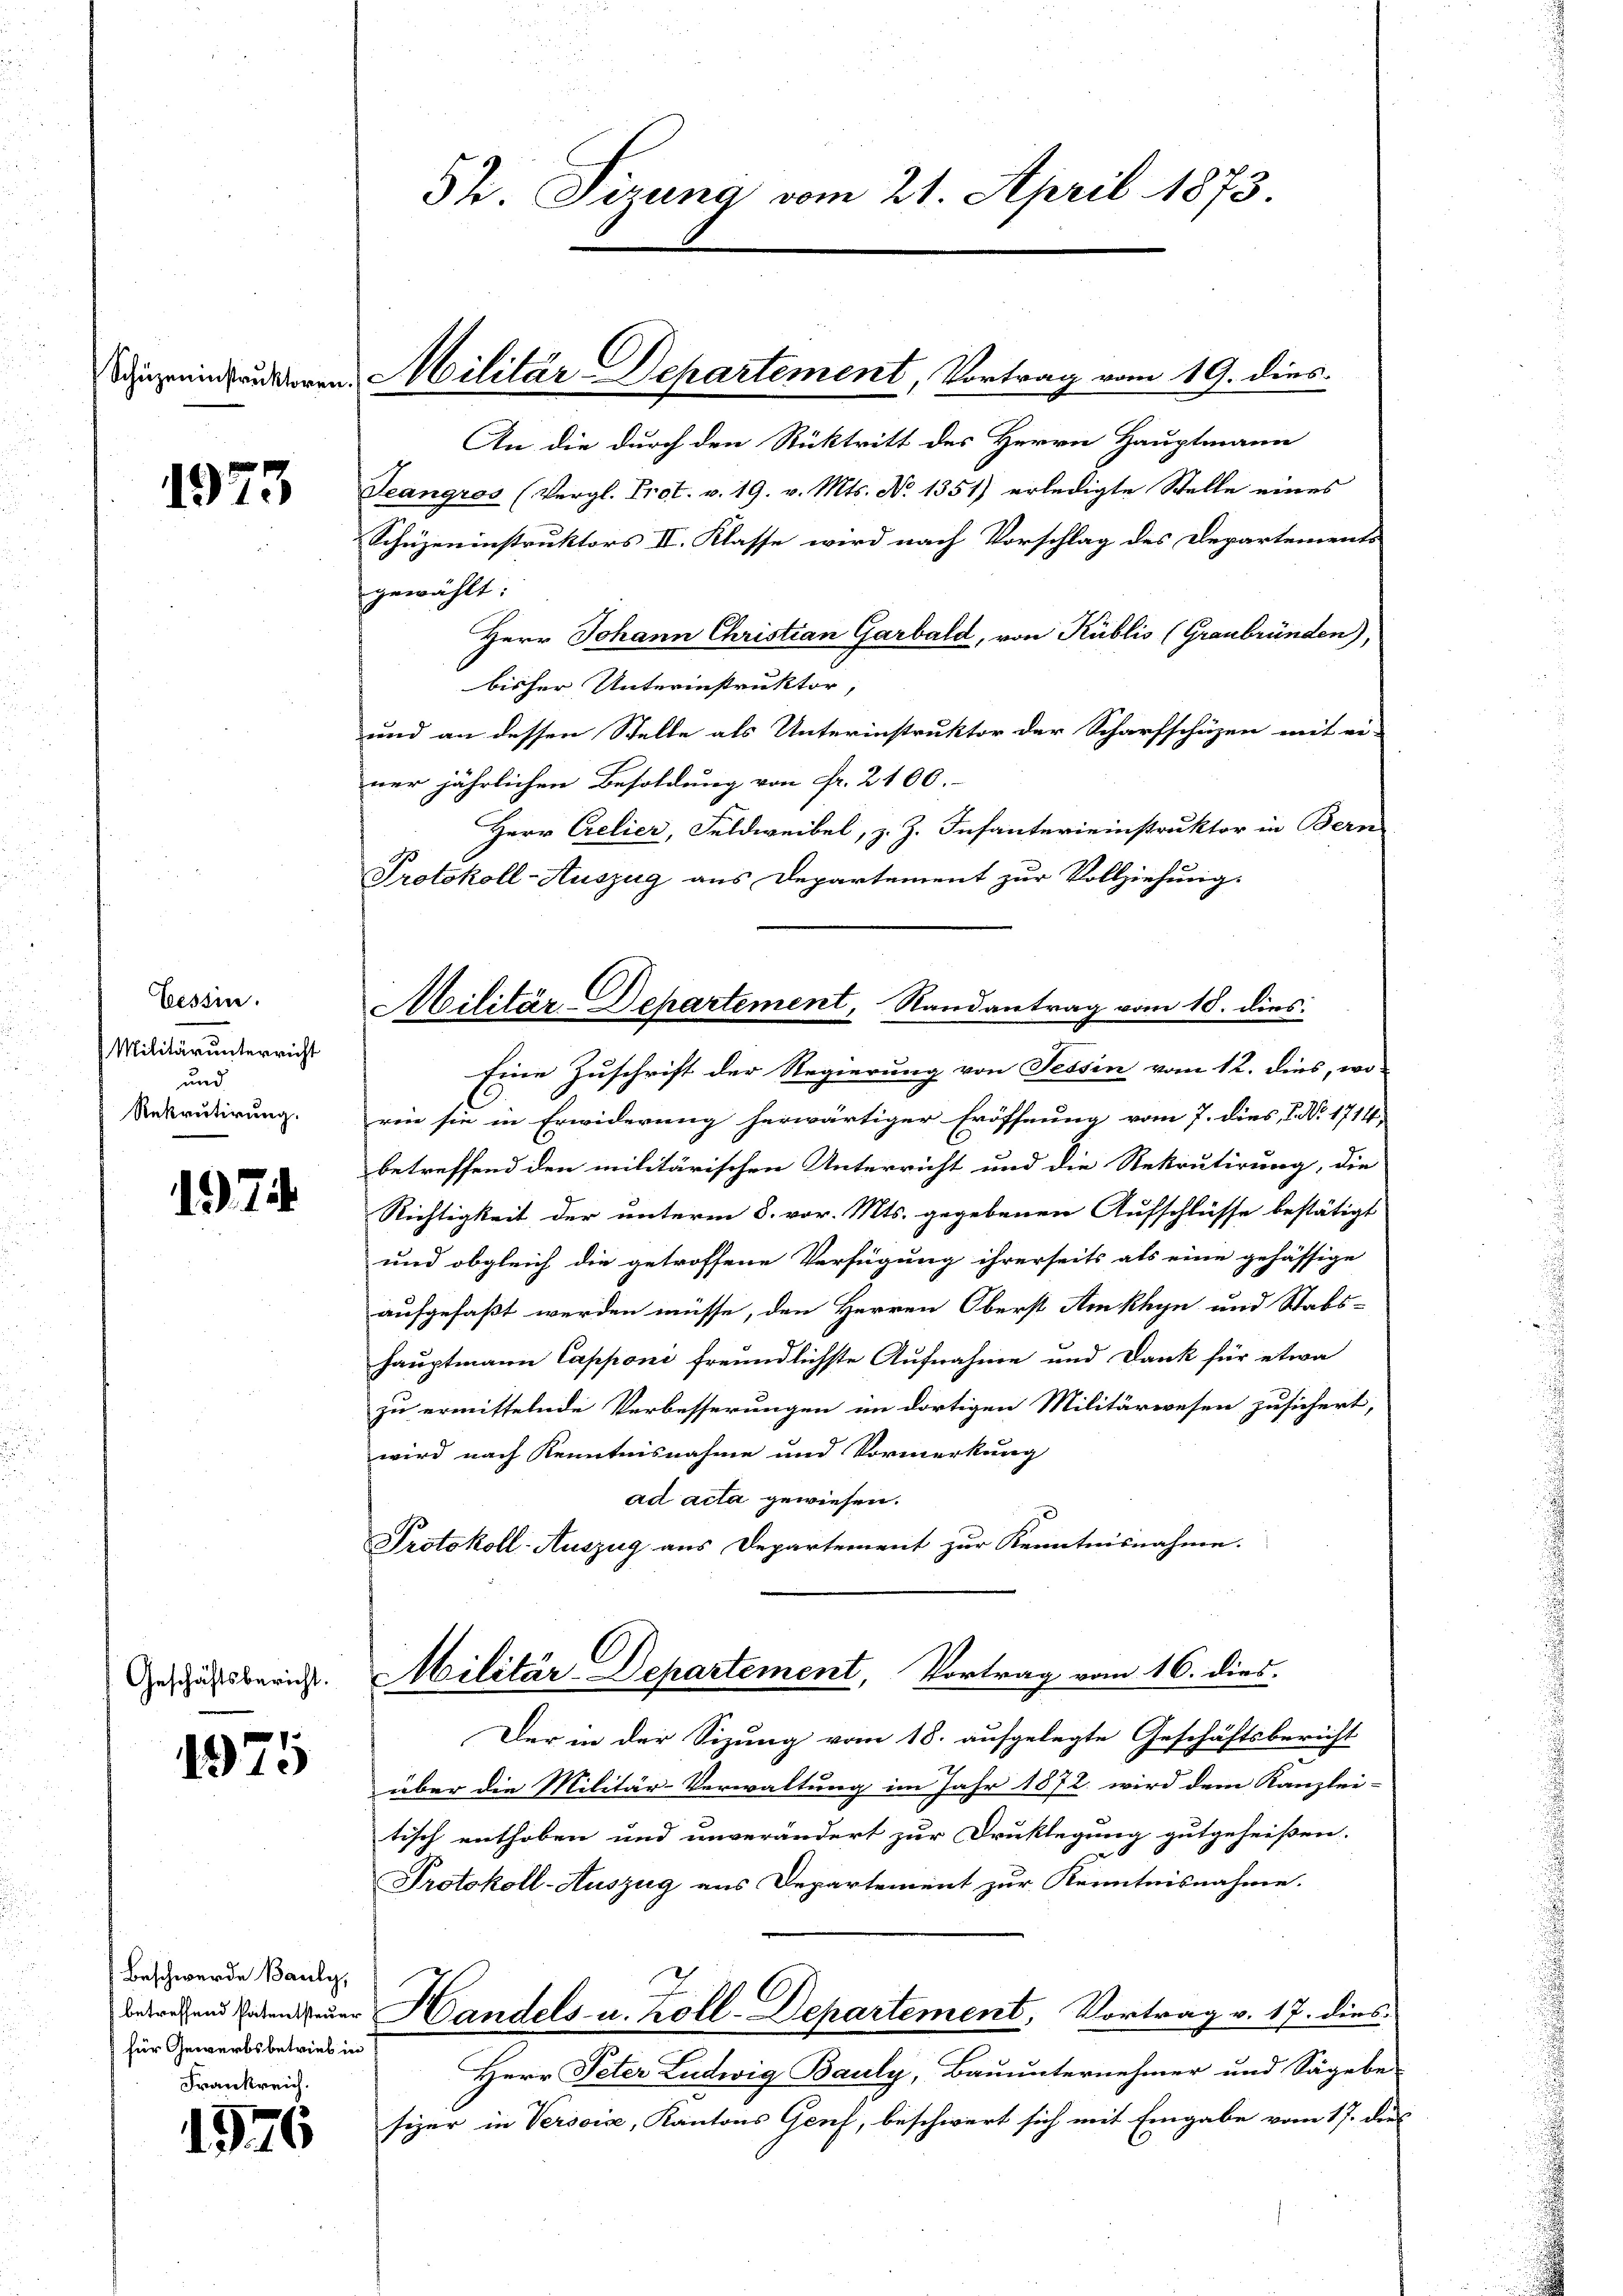
1973

Cessin.
Militär unterricht
und
Rekrutirung.

17

Geschäftsbericht.

1975

1

Beschwerde Bauly,
) für Gewerbsbetrieb in

St. Sizung vom 21. April 1873.

Dingerin anderen Militär-Departement, Vortrag vom 19. dies

Militär-Departement, Randantrag vom 10. dies

An die durch den Rücktritt des Herrn Hauptmann
Jeangros (Vergl. Prot. v. 19. v. Mts. No 1351) erledigte Stelle eines
Schüzeninstruktors II. Klasse wird nach Vorschlag des Departements
gewählt:
Herr Johann Christian Garbald, von Kublis (Graubründen),
bisher Unterinstruktor,
und an dessen Stelle als Unterinstruktor der Scharfschüzen mit ei-
ner jährlichen Besoldung von Fr. 2100.-
Herr Crelier, Feldweibel, z. Z. Infanterieinstruktor in Bern
Protokoll-Auszug aus Departement zur Vollziehung.
Eine Zuschrift der Regierung von Tessin vom 12. dies, wo-
reie sie in Erwiderung herwärtiger Eröffnung vom 7. dies, 1. No. 1714
betreffend den militärischen Unterricht und die Rekrutirung, die
Richtigkeit der unterm 8. vor. Mts. gegebenen Aufschlüsse bestätigt
und obgleich die getroffene Verfügung ihrerseits als eine gehässige
aufgefaßt werden müsse, den Herren Oberst Amkhyn und Stabs-
hauptmann Capponi freundlichste Aufnahme und Dank für etwa
zu ermittelnde Verbesserungen im dortigen Militärwesen zusichert,
wird nach Kenntnisnahme und Vormerkung
ad acta gewiesen.
Protokoll-Auszug aus Departement zur Kenntnisnahme.
Militär-Departement, Vortrag vom 16. dies
Der in der Sizung vom 18. aufgelegte Geschäftsbericht
über die Militär-Verwaltung im Jahr 1872 wird dem Kanzlei-
tisch enthoben und unverändert zur Druklegung gutgeheißen.
Protokoll-Auszug aus Departement zur Kenntnisnahme.
betretend haben der Handels u. Koll-Departement, Vortrag v. 17. dies
Herr Peter Ludwig Bauly, Bauunternehmer und Sägebe
sizer in Versoise, Kantons Genf, beschwert sich mit Eingabe vom 17. des